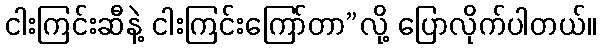
ငါးကြင်းဆီနဲ့ ငါးကြင်းကြော်တာ”လို့ ပြောလိုက်ပါတယ်။